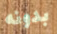
بدونه